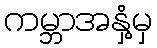
ကမ္ဘာအနှံ့မှ